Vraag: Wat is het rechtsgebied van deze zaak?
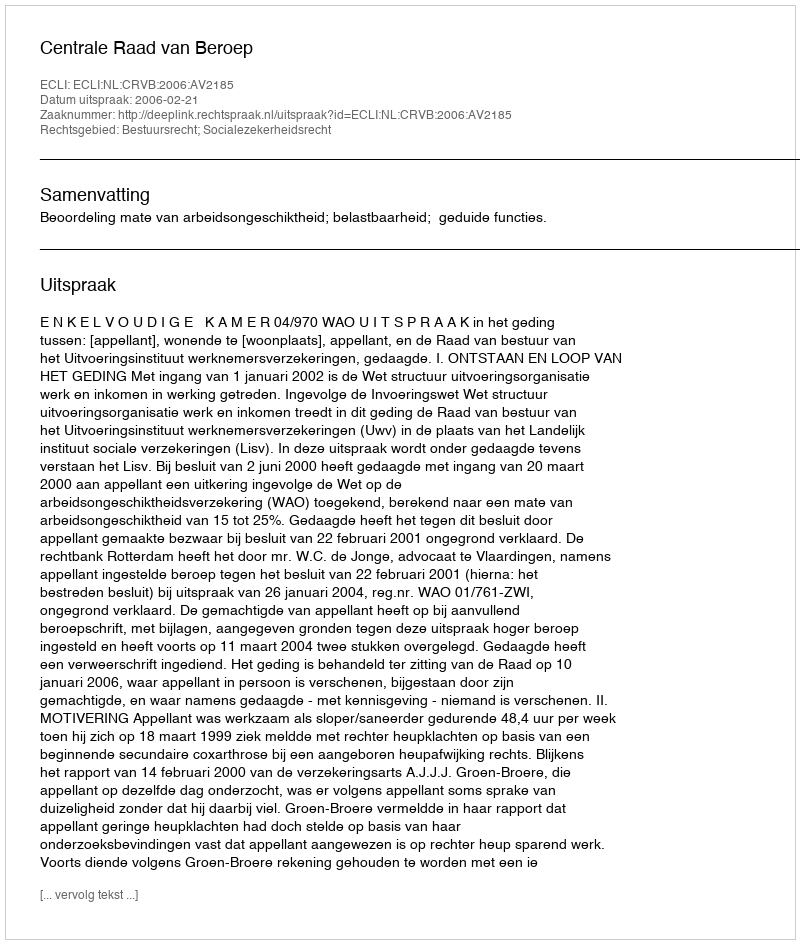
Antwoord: Bestuursrecht; Socialezekerheidsrecht